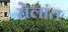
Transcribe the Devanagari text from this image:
तेलांत